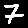
Digit: 7